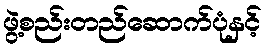
ဖွဲ့စည်းတည်ဆောက်ပုံနှင့်